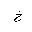
Letter: _kha